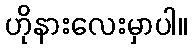
ဟိုနားလေးမှာပါ။